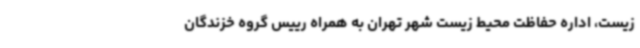
زیست، اداره حفاظت محیط زیست شهر تهران به همراه رییس گروه خزندگان